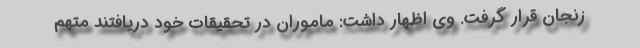
زنجان قرار گرفت. وی اظهار داشت: ماموران در تحقیقات خود دریافتند متهم